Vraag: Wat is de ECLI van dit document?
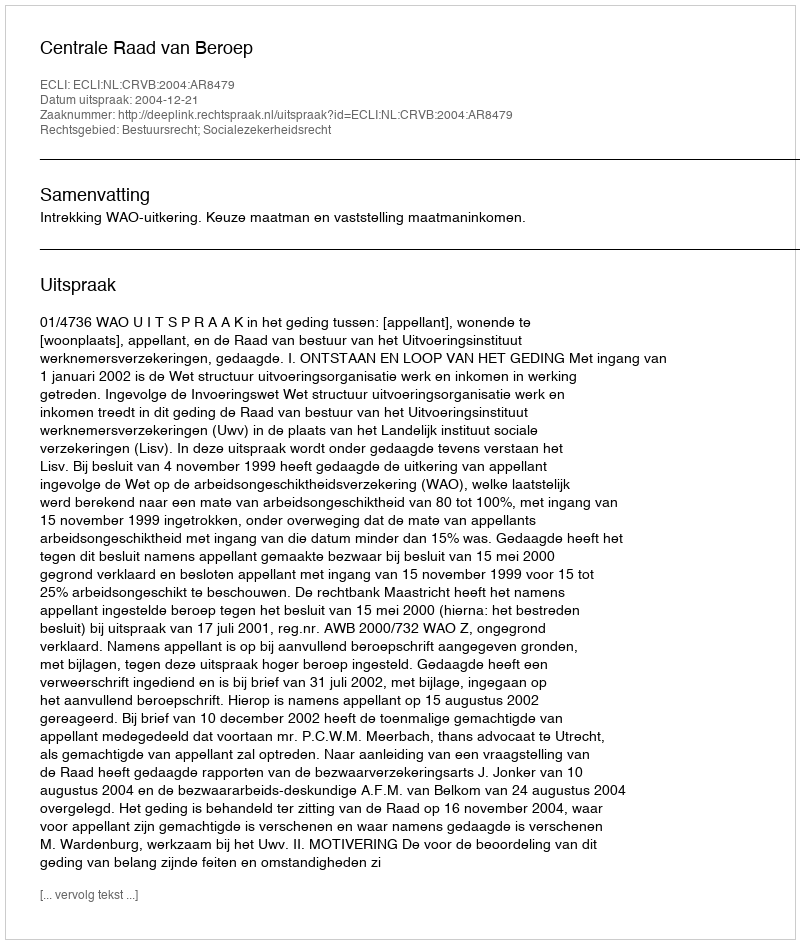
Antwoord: ECLI:NL:CRVB:2004:AR8479